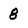
Character: 8